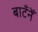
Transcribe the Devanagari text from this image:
बाटँनेँ